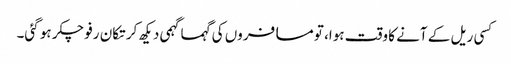
کسی ریل کے آنے کا وقت ہوا، تو مسافروں کی گہماگہمی دیکھ کر تکان رفو چکر ہو گئی۔